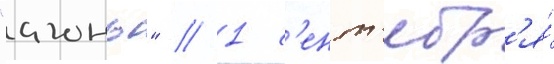
"агонь" // 1 с'ент'ябр'я́